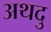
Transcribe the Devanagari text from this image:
अथदु